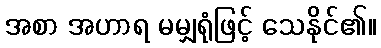
အစာ အဟာရ မမျှရုံဖြင့် သေနိုင်၏။